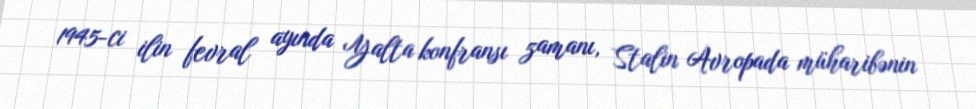
1945-ci ilin fevral ayında Yalta konfransı zamanı, Stalin Avropada müharibənin